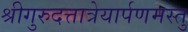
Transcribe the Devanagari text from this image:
श्रीगुरुदत्तात्रेयार्पणमस्तु